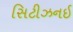
સિટીઝનઈ